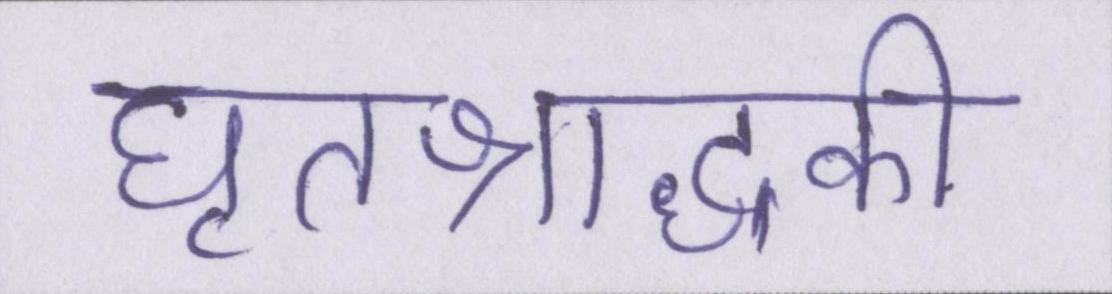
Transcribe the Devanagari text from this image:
घृतश्राद्धकी